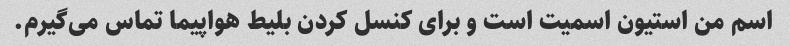
اسم من استیون اسمیت است و برای کنسل کردن بلیط هواپیما تماس می‌گیرم.